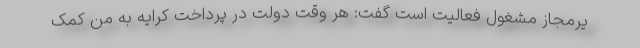
یرمجاز مشغول فعالیت است گفت: هر وقت دولت در پرداخت کرایه به من کمک